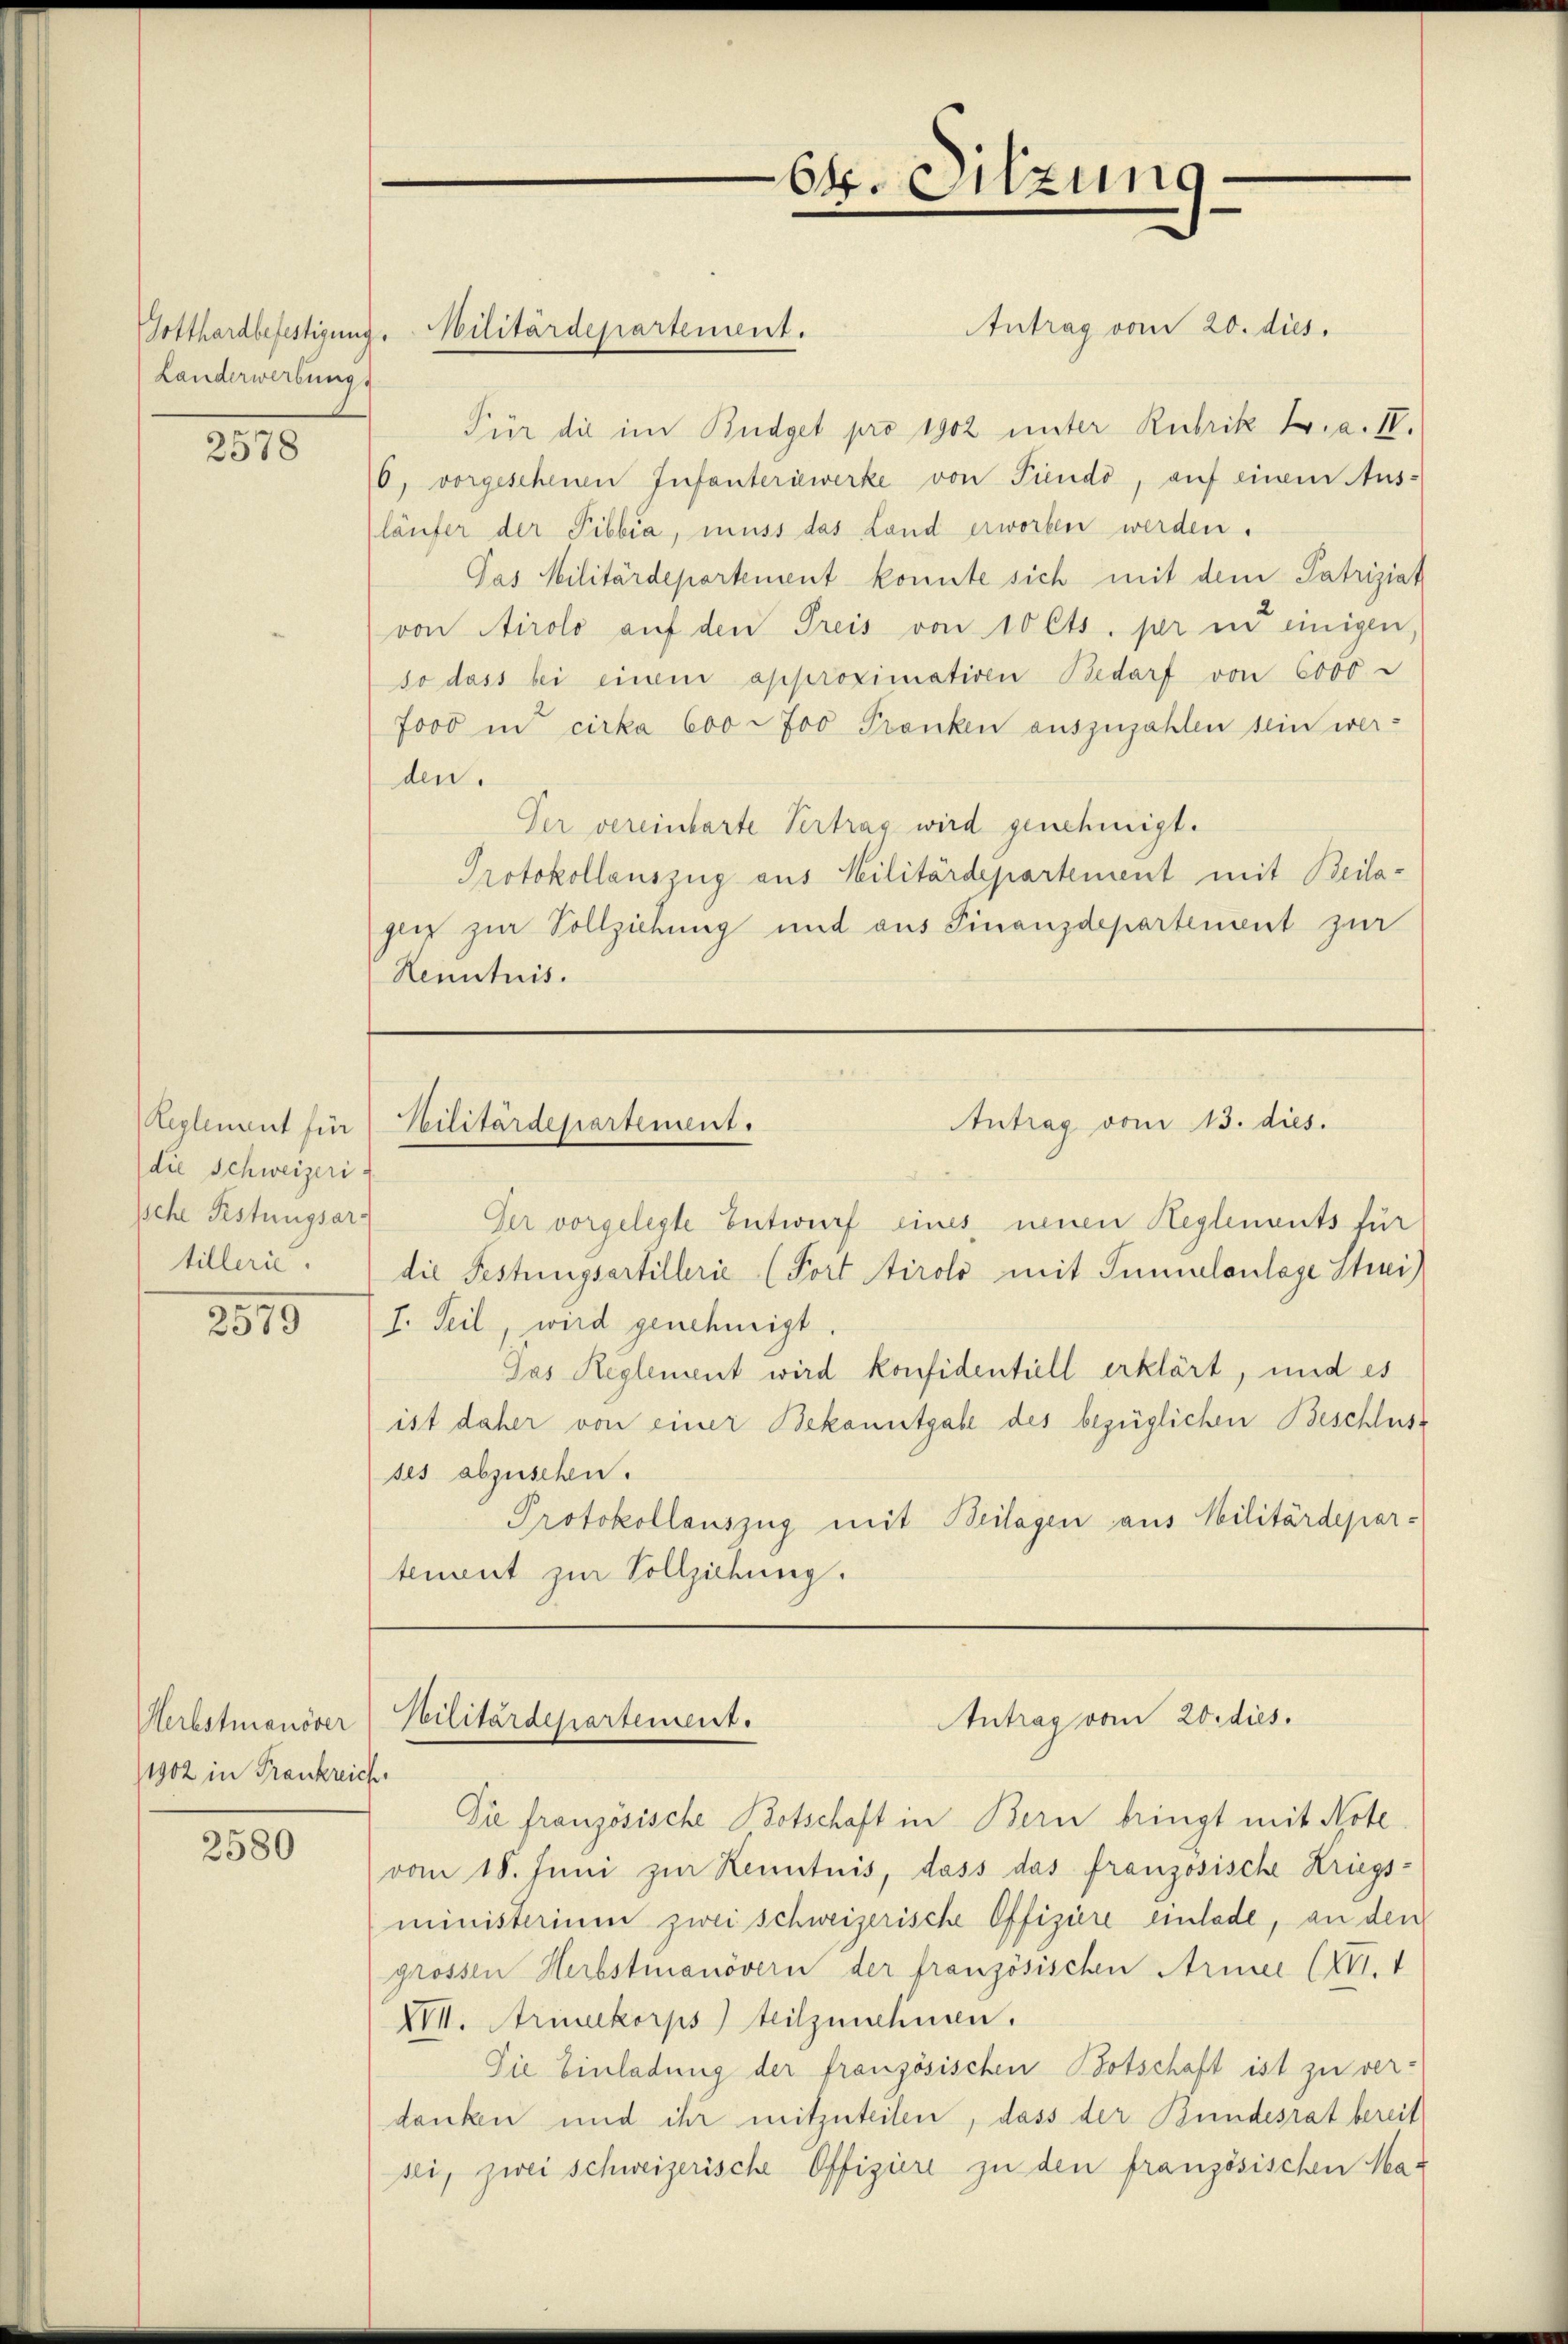
Landerwerbungs

2578

Reglement für
die Schweizeri
Iche Festungsar
tillerie.

2315

Herbstmanöver
/1902 in Frankreich

2580

Antrag vom 20. dies.
Für die im Budget pro 1902 unter Rubrik L. a. IV.
0, vorgeschenen Infanteriewerke von Pindo, auf einem Ausläufer der Pibbia, muss das Land erworben werden.
Pas Militärdepartement konnte sich mit dem Patriziat
von Airolo aŭf den Preis von 10 Cts. per in einigen,
so dass bei einem approximativen Bedarf von 6000
7000 in cirka 600 700 Franken auszuzahlen sein werden.
Der vereinbarte Vertrag wird genehmigt.
Protokollauszug aus Militärdepartement mit Beilageiz zur Vollziehung und aus Finanzdepartement zur
Kenntnis.

Gotthardbefestigung. Militärdepartement.

¬
64. Sitzung

Antrag vom 13. dies.
Militärdepartement.

Der vorgelegte Entwurf eines neuen Reglements für
die Festungsartillerie (Fort Airolo mit Tunalanlage Strei
I. Teil wird genehmigt
Jas Reglement wird konfidentiell erklärt, und es
ist daher von einer Bekanntgabe des bezüglichen Beschlusses abzuschen.
Protokollauszug mit Beilagen aus Militärdepar-
tement zur Vollziehung.

Antrag vom 20. dies.
Militärdepartement.

Die französische Botschaft in Bern bringt mit Note
vom 18. Juni zur Kenntnis, dass das französische Kriegsministerium zwei schweizerische Offiziere einlade, an den
grossen Herbstmanövern der französischen Armee (XVI. 1
XVI. Armeekorps) teilzunehmen.
Die Einladung der französischen Botschaft ist zu ver-
danken und ihr mitzuteilen, dass der Bundesrat bereit
sei, zwei Schweizerische Offiziere zu den französischen Mar